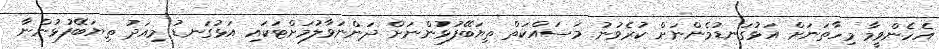
އެހެންވީމާ މިހާތަނަށް އަޅުގަނޑުމެންނަށް ކުރެވުނު މަސައްކަތް ތިޔަބޭފުޅުންނަށް ދަންނަވާލުމަށްޓަކައި އަޅުގަނޑު މިއަދު ތިޔަބޭފުޅުންނާ